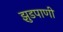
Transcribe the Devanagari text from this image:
झुडपाणी